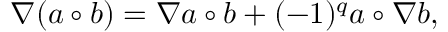
\nabla ( a \circ b ) = \nabla a \circ b + ( - 1 ) ^ { q } a \circ \nabla b ,